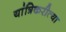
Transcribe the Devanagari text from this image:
यांत्रिकरीत्या